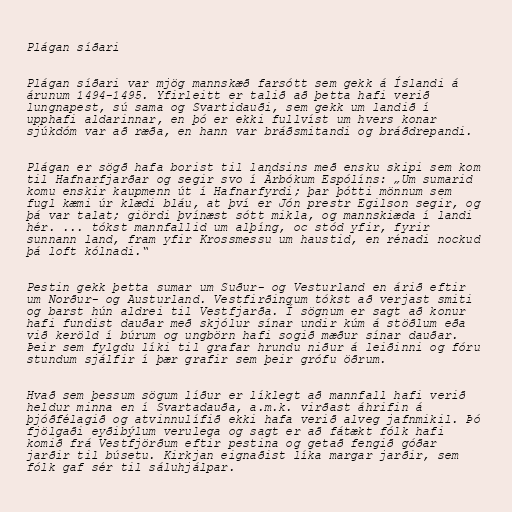
Plágan síðari

Plágan síðari var mjög mannskæð farsótt sem gekk á Íslandi á
árunum 1494-1495. Yfirleitt er talið að þetta hafi verið
lungnapest, sú sama og Svartidauði, sem gekk um landið í
upphafi aldarinnar, en þó er ekki fullvíst um hvers konar
sjúkdóm var að ræða, en hann var bráðsmitandi og bráðdrepandi.

Plágan er sögð hafa borist til landsins með ensku skipi sem kom
til Hafnarfjarðar og segir svo í Árbókum Espólíns: „Um sumarid
komu enskir kaupmenn út í Hafnarfyrdi; þar þótti mönnum sem
fugl kæmi úr klædi bláu, at því er Jón prestr Egilson segir, og
þá var talat; giördi þvínæst sótt mikla, og mannskiæda í landi
hér. ... tókst mannfallid um alþíng, oc stód yfir, fyrir
sunnann land, fram yfir Krossmessu um haustid, en rénadi nockud
þá loft kólnadi.“

Pestin gekk þetta sumar um Suður- og Vesturland en árið eftir
um Norður- og Austurland. Vestfirðingum tókst að verjast smiti
og barst hún aldrei til Vestfjarða. Í sögnum er sagt að konur
hafi fundist dauðar með skjólur sínar undir kúm á stöðlum eða
við keröld í búrum og ungbörn hafi sogið mæður sínar dauðar.
Þeir sem fylgdu líki til grafar hrundu niður á leiðinni og fóru
stundum sjálfir í þær grafir sem þeir grófu öðrum.

Hvað sem þessum sögum líður er líklegt að mannfall hafi verið
heldur minna en í Svartadauða, a.m.k. virðast áhrifin á
þjóðfélagið og atvinnulífið ekki hafa verið alveg jafnmikil. Þó
fjölgaði eyðibýlum verulega og sagt er að fátækt fólk hafi
komið frá Vestfjörðum eftir pestina og getað fengið góðar
jarðir til búsetu. Kirkjan eignaðist líka margar jarðir, sem
fólk gaf sér til sáluhjálpar.